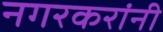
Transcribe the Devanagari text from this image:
नगरकरांनी